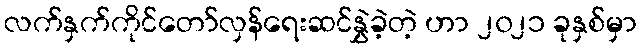
လက်နှက်ကိုင်တော်လှန်ရေးဆင်နွှဲခဲ့တဲ့ ဟာ ၂၀၂၁ ခုနှစ်မှာ